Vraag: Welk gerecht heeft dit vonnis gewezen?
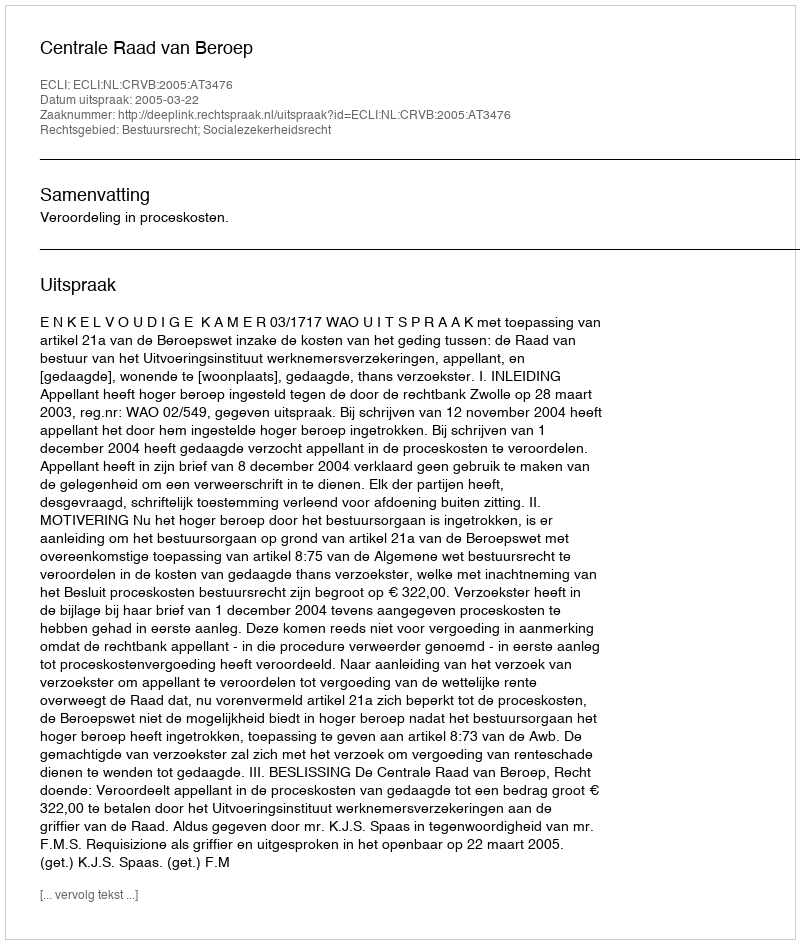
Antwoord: Centrale Raad van Beroep